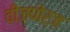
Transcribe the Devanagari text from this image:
वीज़पोर्ज़